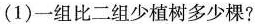
(1)一组比二组少植树多少棵?